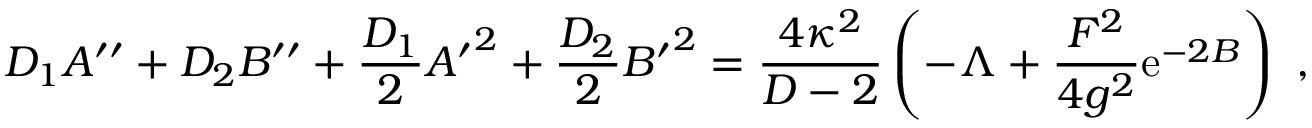
D _ { 1 } A ^ { \prime \prime } + D _ { 2 } B ^ { \prime \prime } + { \frac { D _ { 1 } } { 2 } } { A ^ { \prime } } ^ { 2 } + { \frac { D _ { 2 } } { 2 } } { B ^ { \prime } } ^ { 2 } = { \frac { 4 \kappa ^ { 2 } } { D - 2 } } \left( - \Lambda + { \frac { F ^ { 2 } } { 4 g ^ { 2 } } } \mathrm { e } ^ { - 2 B } \right) ~ ,